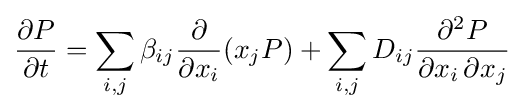
{\frac {\partial P}{\partial t}}=\sum _{i,j}\beta _{ij}{\frac {\partial }{\partial x_{i}}}(x_{j}P)+\sum _{i,j}D_{ij}{\frac {\partial ^{2}P}{\partial x_{i}\,\partial x_{j}}}